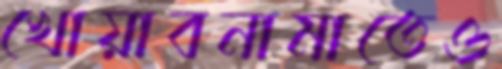
খোয়াবনামাতেও